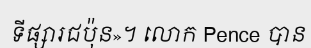
ទីផ្សារជប៉ុន»។ លោក Pence បាន